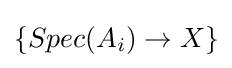
\{Spec(A_{i})\to X\}